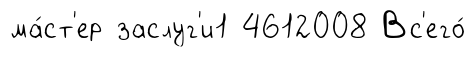
ма́ст'ер заслуг'и1 4612008 Вс'его́